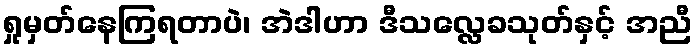
ရှုမှတ်နေကြရတာပဲ၊ အဲဒါဟာ ဒီသလ္လေခသုတ်နှင့် အညီ